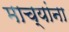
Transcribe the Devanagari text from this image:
माच्यांना